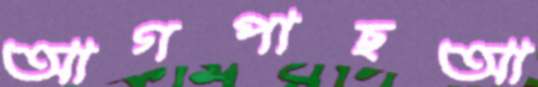
আগপাছআ